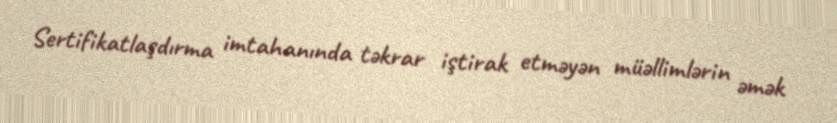
Sertifikatlaşdırma imtahanında təkrar iştirak etməyən müəllimlərin əmək